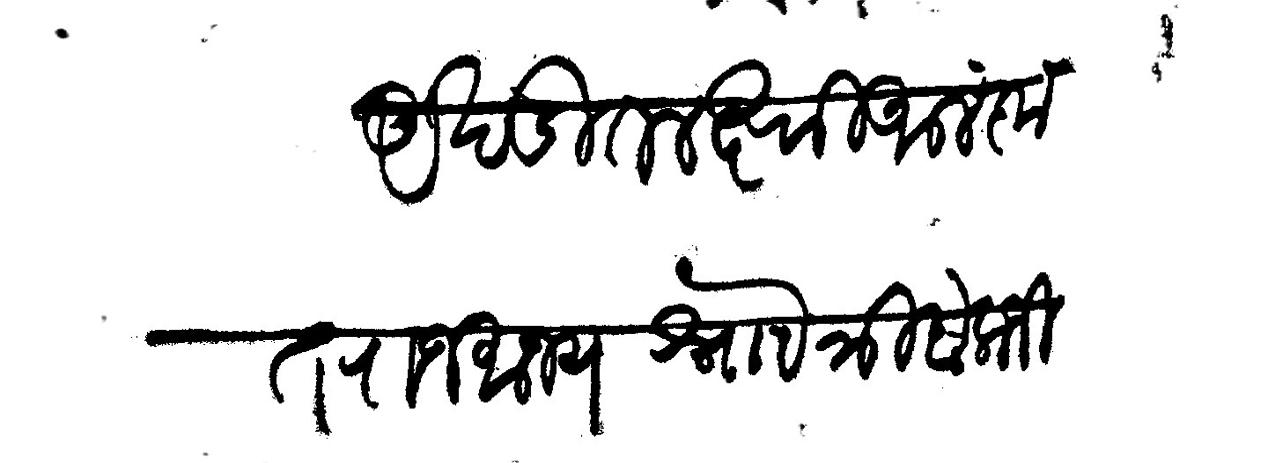
Transliteration (Devanagari): अखंडित लक्ष्मी आलंकृत राजमान्य नोो त्रिबकजी